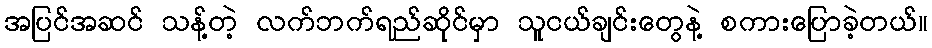
အပြင်အဆင် သန့်တဲ့ လက်ဘက်ရည်ဆိုင်မှာ သူငယ်ချင်းတွေနဲ့ စကားပြောခဲ့တယ်။